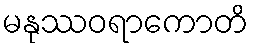
မနုဿဝရာကောတိ